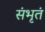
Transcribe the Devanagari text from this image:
संभृतं